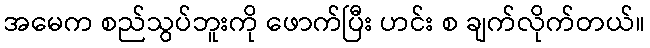
အမေက စည်သွပ်ဘူးကို ဖောက်ပြီး ဟင်း စ ချက်လိုက်တယ်။